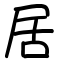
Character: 居